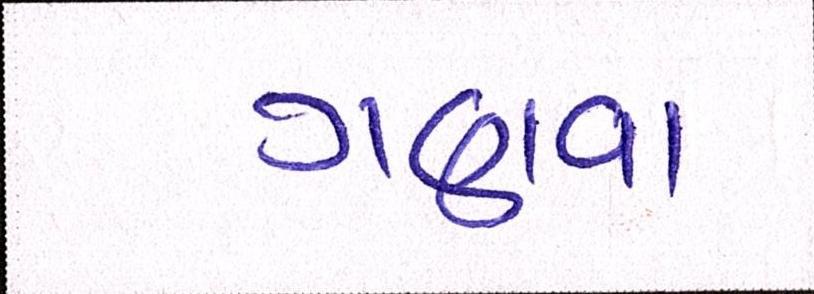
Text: ગણવા